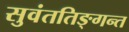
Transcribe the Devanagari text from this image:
सुवंततिङ्गन्त